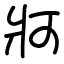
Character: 牁